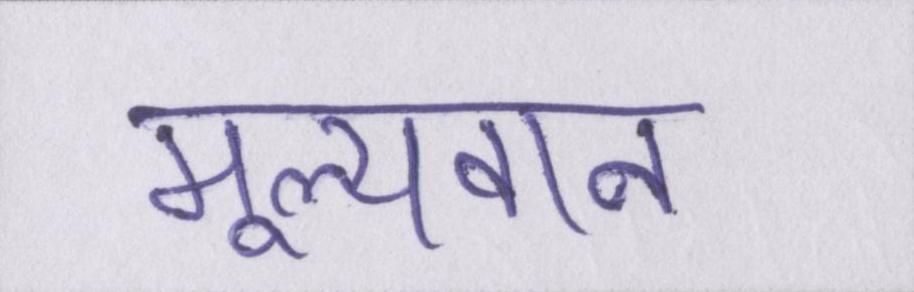
मूल्यवान